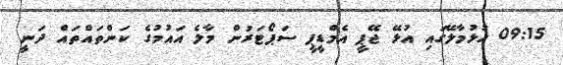
09:15 ހުޅުމާލޭގައި އުޅޭ ޖޭޕީ އެމްޑީޕީ ސަޕޯޓަރުން މާލެ އައުމުގެ ކަންތައްތައް ދަނީ